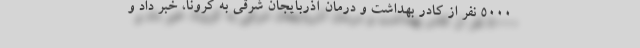
۵۰۰۰ نفر از کادر بهداشت و درمان آذربایجان شرقی به کرونا، خبر داد و